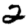
Digit: 2